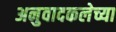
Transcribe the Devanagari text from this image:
अनुवादकलेच्या